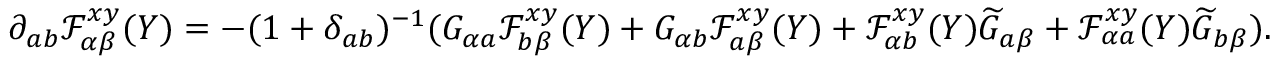
\partial _ { a b } \mathcal { F } _ { \alpha \beta } ^ { x y } ( Y ) = - ( 1 + \delta _ { a b } ) ^ { - 1 } ( G _ { \alpha a } \mathcal { F } _ { b \beta } ^ { x y } ( Y ) + G _ { \alpha b } \mathcal { F } _ { a \beta } ^ { x y } ( Y ) + \mathcal { F } _ { \alpha b } ^ { x y } ( Y ) \widetilde { G } _ { a \beta } + \mathcal { F } _ { \alpha a } ^ { x y } ( Y ) \widetilde { G } _ { b \beta } ) .